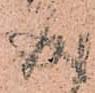
成